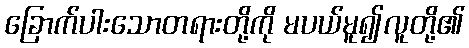
ခြောက်ပါးသောတရားတို့ကို မပယ်မူ၍လူတို့၏